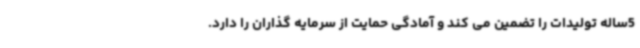
5ساله تولیدات را تضمین می کند و آمادگی حمایت از سرمایه گذاران را دارد.